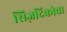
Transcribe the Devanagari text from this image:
सिज़दिकोवा